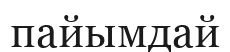
пайымдай